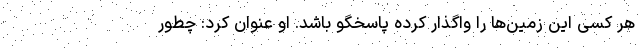
هر کسی این زمین‌ها را واگذار کرده پاسخگو باشد. او عنوان کرد: چطور